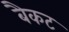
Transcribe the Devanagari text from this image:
बैकट